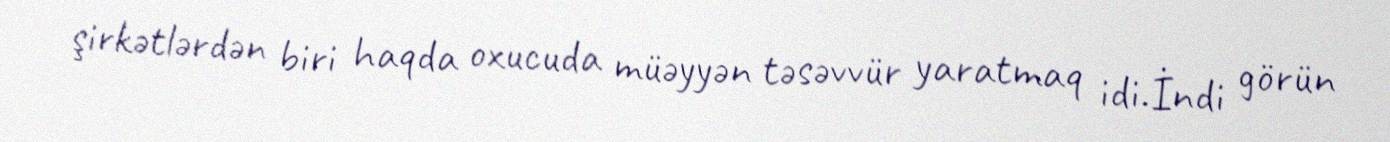
şirkətlərdən biri haqda oxucuda müəyyən təsəvvür yaratmaq idi.İndi görün